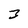
Character: 3